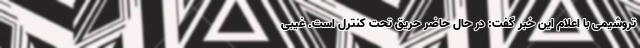
تروشیمی با اعلام این خبر گفت: در حال حاضر حریق تحت کنترل است. غیبی